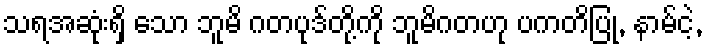
သရအဆုံးရှိ သော ဘူမိ ဂတပုဒ်တို့ကို ဘူမိဂတဟု ပကတိပြု, နာမ်ငဲ့,